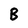
Character: B